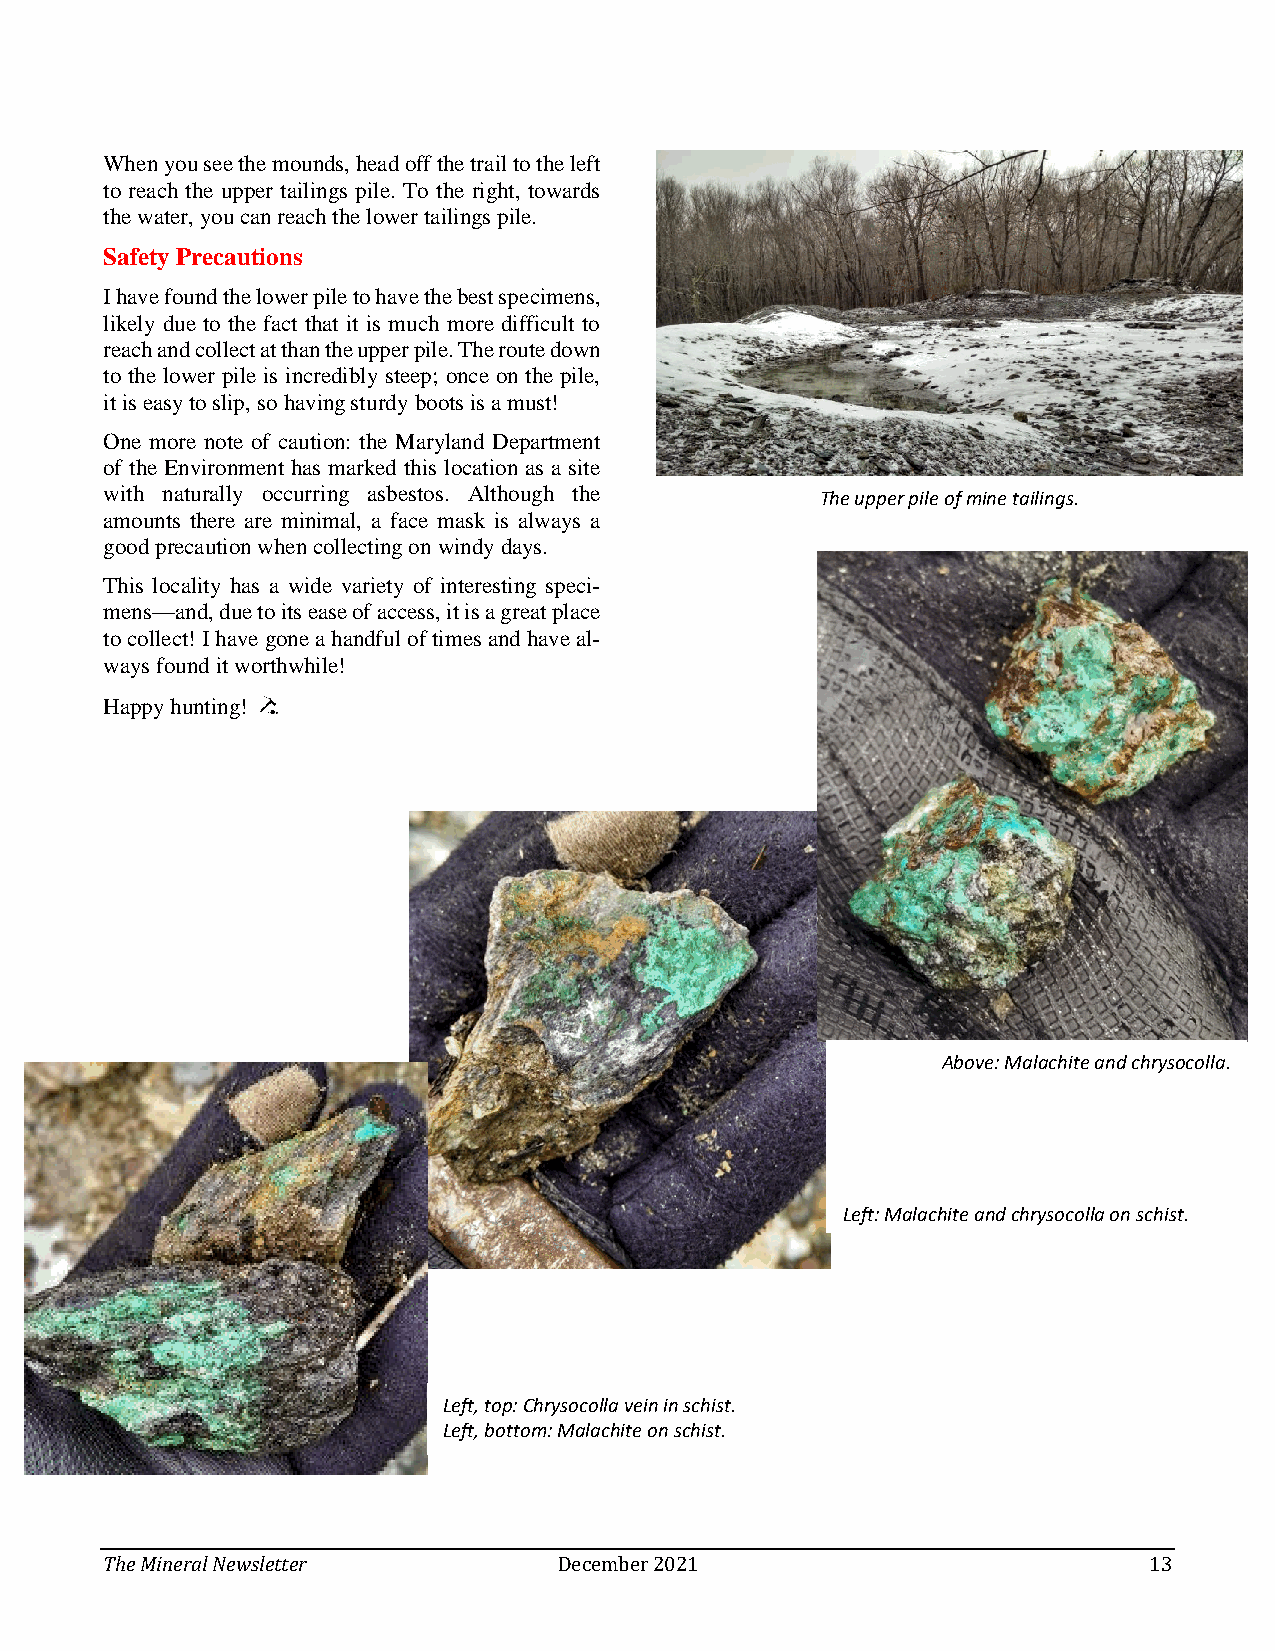
When you see the mounds, head off the trail to the left
 to reach the upper tailings pile. To the right, towards
 the water, you can reach the lower tailings pile.
 Safety Precautions
 I have found the lower pile to have the best specimens,
 likely due to the fact that it is much more difficult to
 reach and collect at than the upper pile. The route down
 to the lower pile is incredibly steep; once on the pile,
 it is easy to slip, so having sturdy boots is a must!
 One more note of caution: the Maryland Department
 of the Environment has marked this location as a site
 with naturally occurring asbestos. Although the The upper pile of mine tailings.
 amounts there are minimal, a face mask is always a
 good precaution when collecting on windy days.
 This locality has a wide variety of interesting speci-
 mens—and, due to its ease of access, it is a great place
 to collect! I have gone a handful of times and have al-
 ways found it worthwhile!
 Happy hunting!
 Above: Malachite and chrysocolla.
 Left: Malachite and chrysocolla on schist.
 Left, top: Chrysocolla vein in schist.
 Left, bottom: Malachite on schist.
 The Mineral Newsletter        December 2021                          13